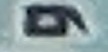
و